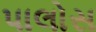
પાલોસ